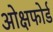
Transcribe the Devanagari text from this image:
ओक्षफोर्ड